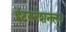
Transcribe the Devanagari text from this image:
इंटरनेशनल।